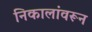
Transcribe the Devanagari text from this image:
निकालांवरून